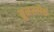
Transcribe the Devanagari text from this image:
ब्रुनस्वीक